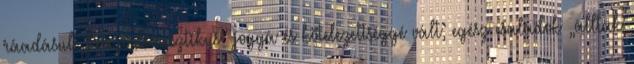
ráadásul „kvázi-dinasztikus” joggá és kötelezettséggé vált; egész családok „álltak